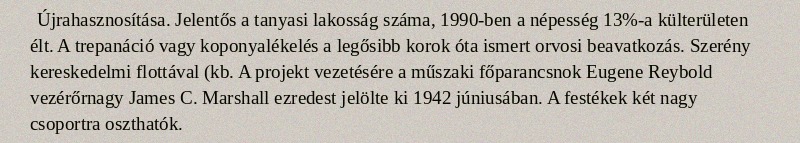
Újrahasznosítása. Jelentős a tanyasi lakosság száma, 1990-ben a népesség 13%-a külterületen élt. A trepanáció vagy koponyalékelés a legősibb korok óta ismert orvosi beavatkozás. Szerény kereskedelmi flottával (kb. A projekt vezetésére a műszaki főparancsnok Eugene Reybold vezérőrnagy James C. Marshall ezredest jelölte ki 1942 júniusában. A festékek két nagy csoportra oszthatók.